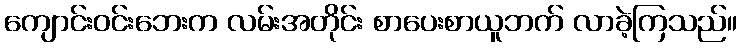
ကျောင်းဝင်းဘေးက လမ်းအတိုင်း စာပေးစာယူဘက် လာခဲ့ကြသည်။